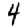
Digit: 4